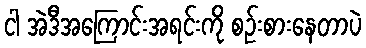
ငါ အဲဒီအကြောင်းအရင်းကို စဉ်းစားနေတာပဲ